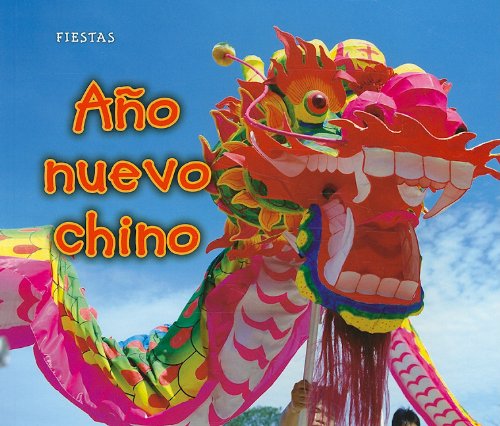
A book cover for AÃ±o nuevo chino (Fiestas) (Spanish Edition); Nancy Dickmann; Children's Books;